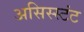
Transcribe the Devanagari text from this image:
असिस्स्टंट